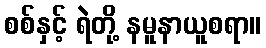
စစ်နှင့် ရဲတို့ နမူနာယူစရာ။